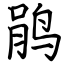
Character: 鹃